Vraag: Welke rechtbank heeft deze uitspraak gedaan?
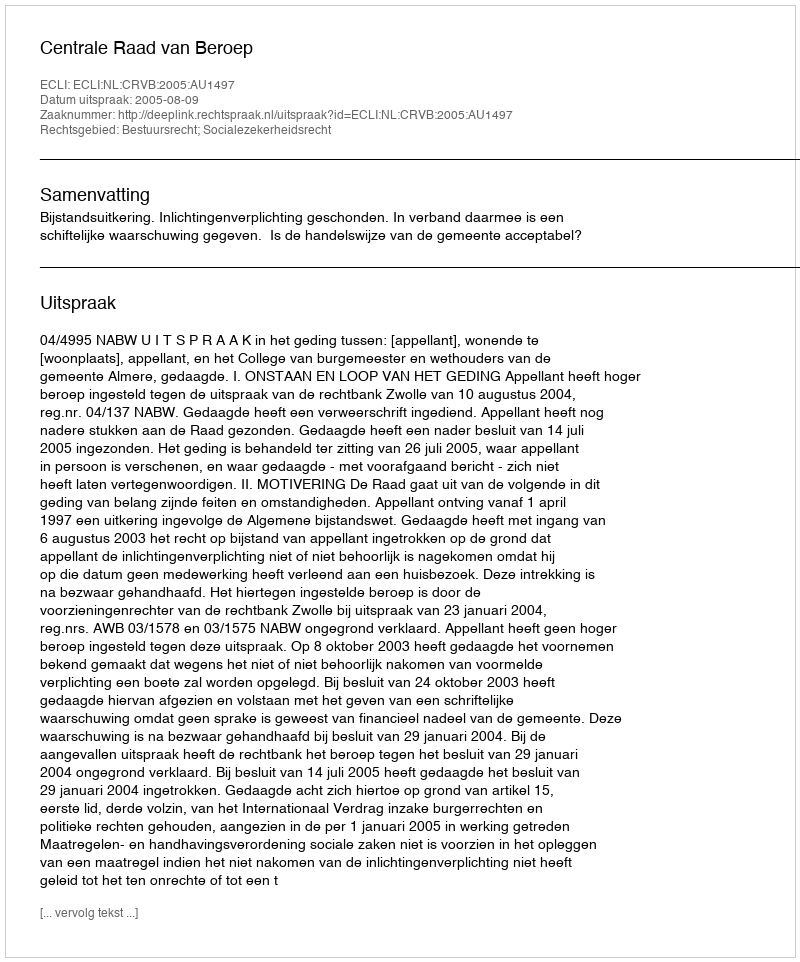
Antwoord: Centrale Raad van Beroep